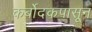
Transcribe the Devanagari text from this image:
कर्बोदकपासून